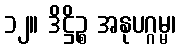
၁၂။ ဒိဋ္ဌိဉ္စ အနုပဂ္ဂမ္မ၊